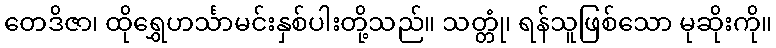
တေဒိဇာ၊ ထိုရွှေဟင်္သာမင်းနှစ်ပါးတို့သည်။ သတ္တုံ၊ ရန်သူဖြစ်သော မုဆိုးကို။